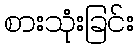
စားသုံးခြင်း